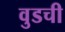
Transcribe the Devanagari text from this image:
वुडची